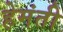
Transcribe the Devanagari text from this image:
हेमंती